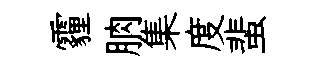
霾朒集度蜚